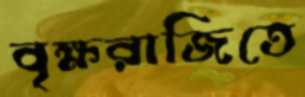
বৃক্ষরাজিতে